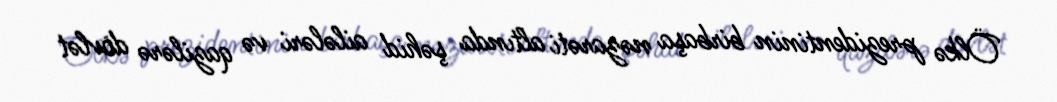
Ölkə prezidentinin birbaşa nəzarəti altında şəhid ailələri və qazilərə dövlət